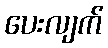
ပေးလျက်